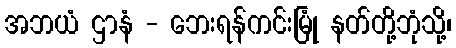
အဘယံ ဌာနံ - ဘေးရန်ကင်းမြုံ နတ်တို့ဘုံသို့၊